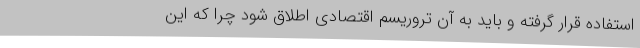
استفاده قرار گرفته و باید به آن تروریسم اقتصادی اطلاق شود چرا که این